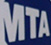
MTA